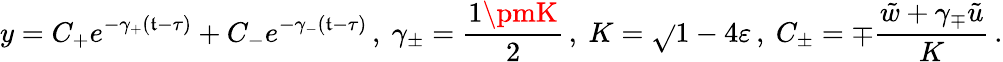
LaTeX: y=C_{+}e^{-\gamma_{+}(\mathfrak{t}-\tau)}+C_{-}e^{-\gamma_{-}(\mathfrak{t}-\tau)}\, ,\ \gamma_{\pm}=\frac{{1\pmK}}{{2}}\, ,\ K=\sqrt{}{{1-4\varepsilon}}\, ,\ C_{\pm}=\mp\frac{{\tilde{{w}}+\gamma_{\mp}\tilde{{u}}}}{{K}}\, .